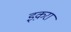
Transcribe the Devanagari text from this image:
इक़रा